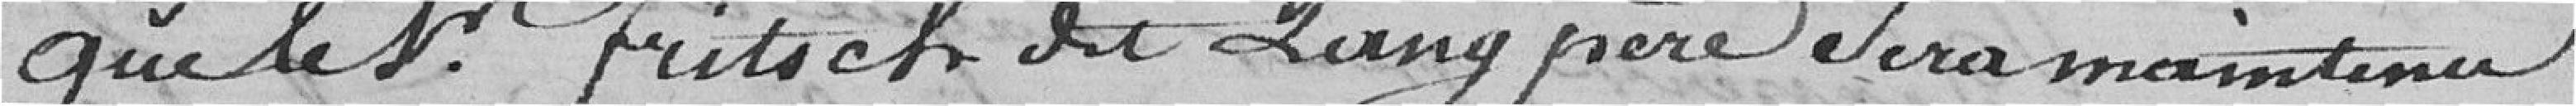
Que le sieur Fritsch dit Lang père sera maintenu